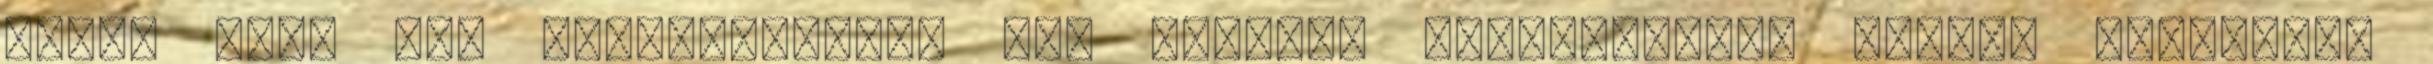
este, hogy mi, keresztények, más vallású testvéreink, minden jóakaratú